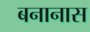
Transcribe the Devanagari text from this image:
बनानास